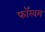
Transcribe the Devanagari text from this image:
फॉखम